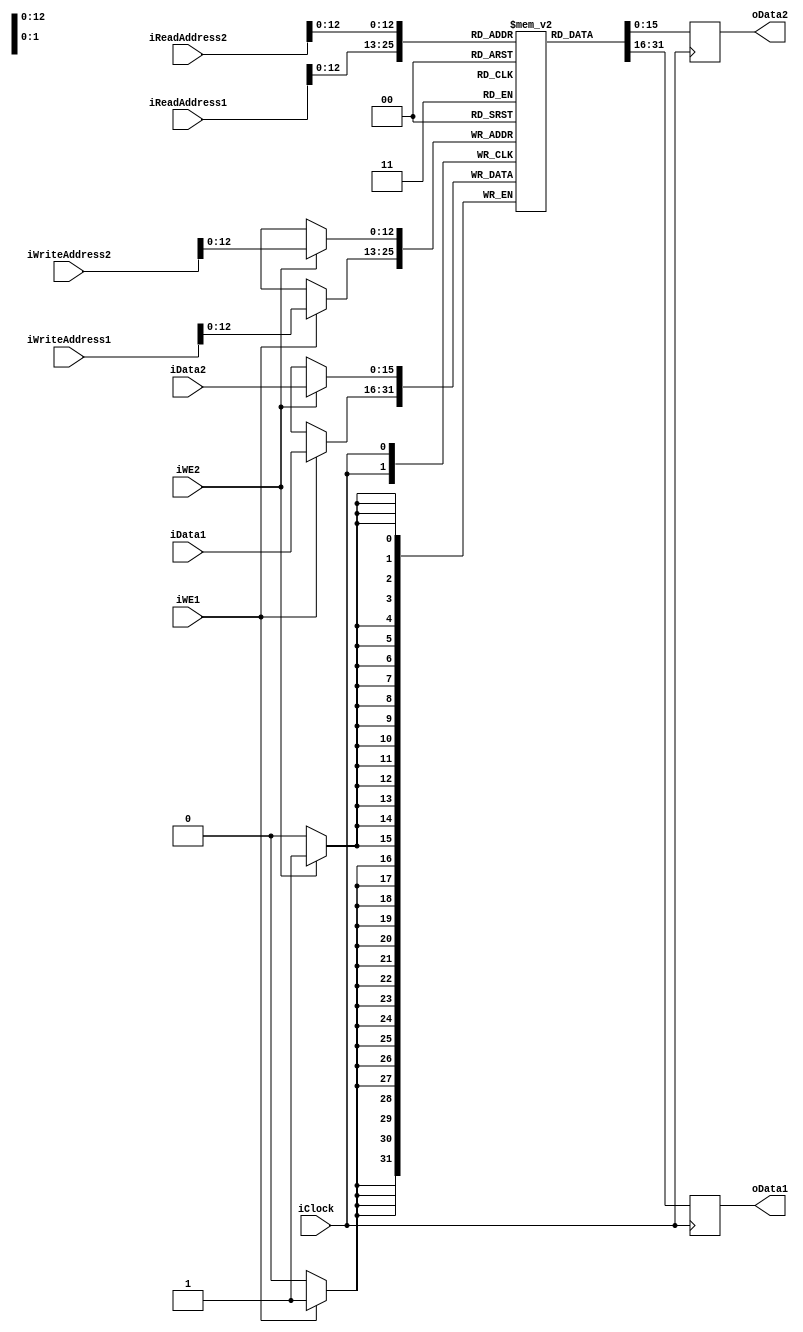
`ifndef DUAL_WRITE_RAM_H
`define DUAL_WRITE_RAM_H

// This is so we dont get complaints about read during write...
/* synthesis syn_ramstyle = "MLAB, no_rw_check"*/

module dual_write_ram(
    input wire iClock,
    
    input wire [15:0] iData1,
    input wire [15:0] iData2, 
    
    input wire [15:0] iWriteAddress1,
    input wire [15:0] iWriteAddress2,
           
    input wire [15:0] iReadAddress1, 
    input wire [15:0] iReadAddress2,
    
    input wire iWE1,
    input wire iWE2,

    output reg [15:0] oData1, 
    output reg [15:0] oData2
    );

reg [15:0] memory [0:8191];

always @(posedge iClock) begin
    if (iWE1)
        memory[iWriteAddress1] <= iData1;

    oData1 <= memory[iReadAddress1];
end

always @(posedge iClock) begin
    if (iWE2)
        memory[iWriteAddress2] <= iData2;
        
    oData2 <= memory[iReadAddress2];
end

endmodule
`endif